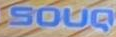
SOUQ